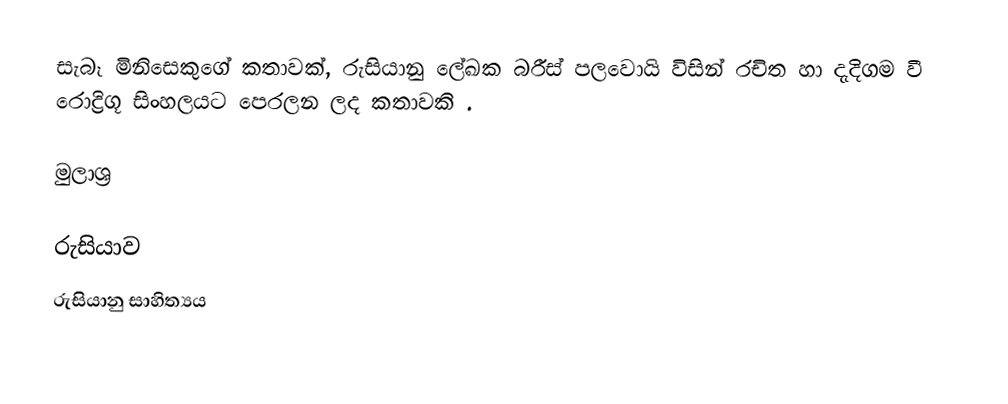
සැබෑ මිනිසෙකුගේ කතාවක්, රුසියානු ලේඛක බරීස් පලවොයි විසින් රචිත හා දැදිගම වී රොද්‍රිගූ  සිංහලයට පෙරලන ලද කතාවකි .

මුලාශ්‍ර

රුසියාව
රුසියානු සාහිත්‍යය